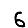
Digit: 6